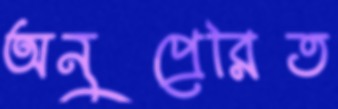
অনুপ্রেরিত